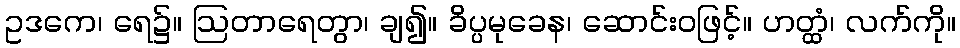
ဥဒကေ၊ ရေ၌။ ဩတာရေတွာ၊ ချ၍။ ခိပ္ပမုခေန၊ ဆောင်းဝဖြင့်။ ဟတ္ထံ၊ လက်ကို။